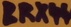
Text: BRX44